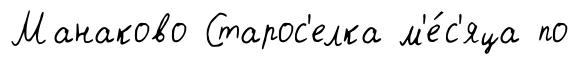
Манаково Старос'елка м'е́с'яца по